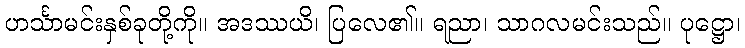
ဟင်္သာမင်းနှစ်ခုတို့ကို။ အဒဿယိ၊ ပြလေ၏။ ရညာ၊ သာဂလမင်းသည်။ ပုဋ္ဌော၊